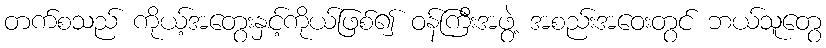
တက်စသည် ကိုယ့်အတွေးနှင့်ကိုယ်ဖြစ်၍ ဝန်ကြီးအဖွဲ့ အစည်းအဝေးတွင် ဘယ်သူတွေ